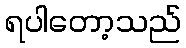
ရပါတော့သည်